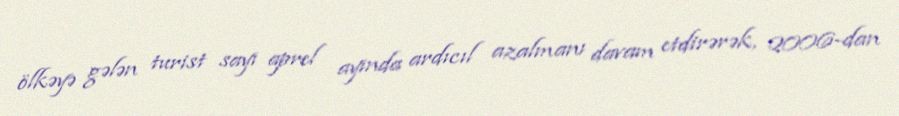
ölkəyə gələn turist sayı aprel ayında ardıcıl azalmanı davam etdirərək, 2006-dan